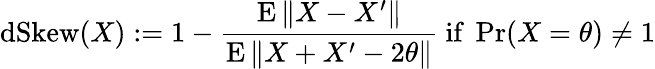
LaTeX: \operatorname{dSkew}(X):=1-{\frac{\operatorname{E}\| X-X^{\prime}\| }{\operatorname{E}\| X+X^{\prime}-2\theta\| }}{\mathrm{~if~}}\operatorname*{Pr}(X=\theta)\neq 1